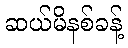
ဆယ်မိနစ်ခန့်